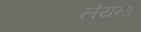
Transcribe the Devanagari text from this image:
लेयना